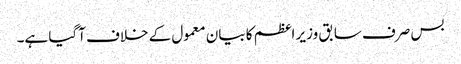
بس صرف سابق وزیر اعظم کا بیان معمول کے خلاف آگیا ہے۔